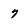
Character: 7